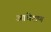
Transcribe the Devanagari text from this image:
आवेशण